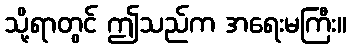
သို့ရာတွင် ဤသည်က အရေးမကြီး။